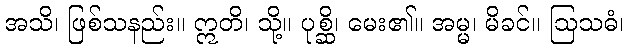
အသိ၊ ဖြစ်သနည်း။ ဣတိ၊ သို့။ ပုစ္ဆိ၊ မေး၏။ အမ္မ၊ မိခင်။ ဩသဓံ၊